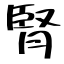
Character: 腎